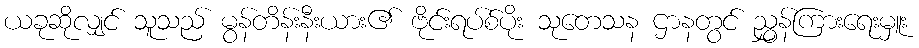
ယခုဆိုလျှင် သူသည် မွန်တိန်းနီးယား၏ ဗိုင်းရပ်စ်ပိုး သုတေသန ဌာနတွင် ညွှန်ကြားရေးမှူး